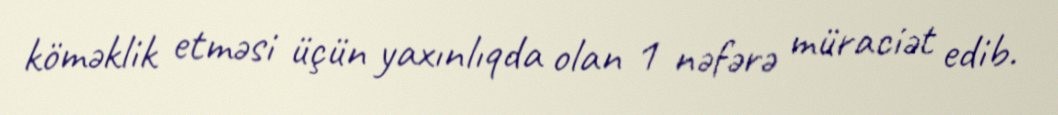
köməklik etməsi üçün yaxınlıqda olan 1 nəfərə müraciət edib.